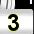
Digit: 3